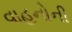
વાહનોની